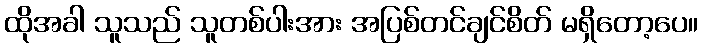
ထိုအခါ သူသည် သူတစ်ပါးအား အပြစ်တင်ချင်စိတ် မရှိတော့ပေ။